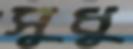
সুধু